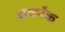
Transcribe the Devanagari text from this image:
अवर्पंक